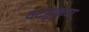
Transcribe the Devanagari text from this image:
वटहुकुम